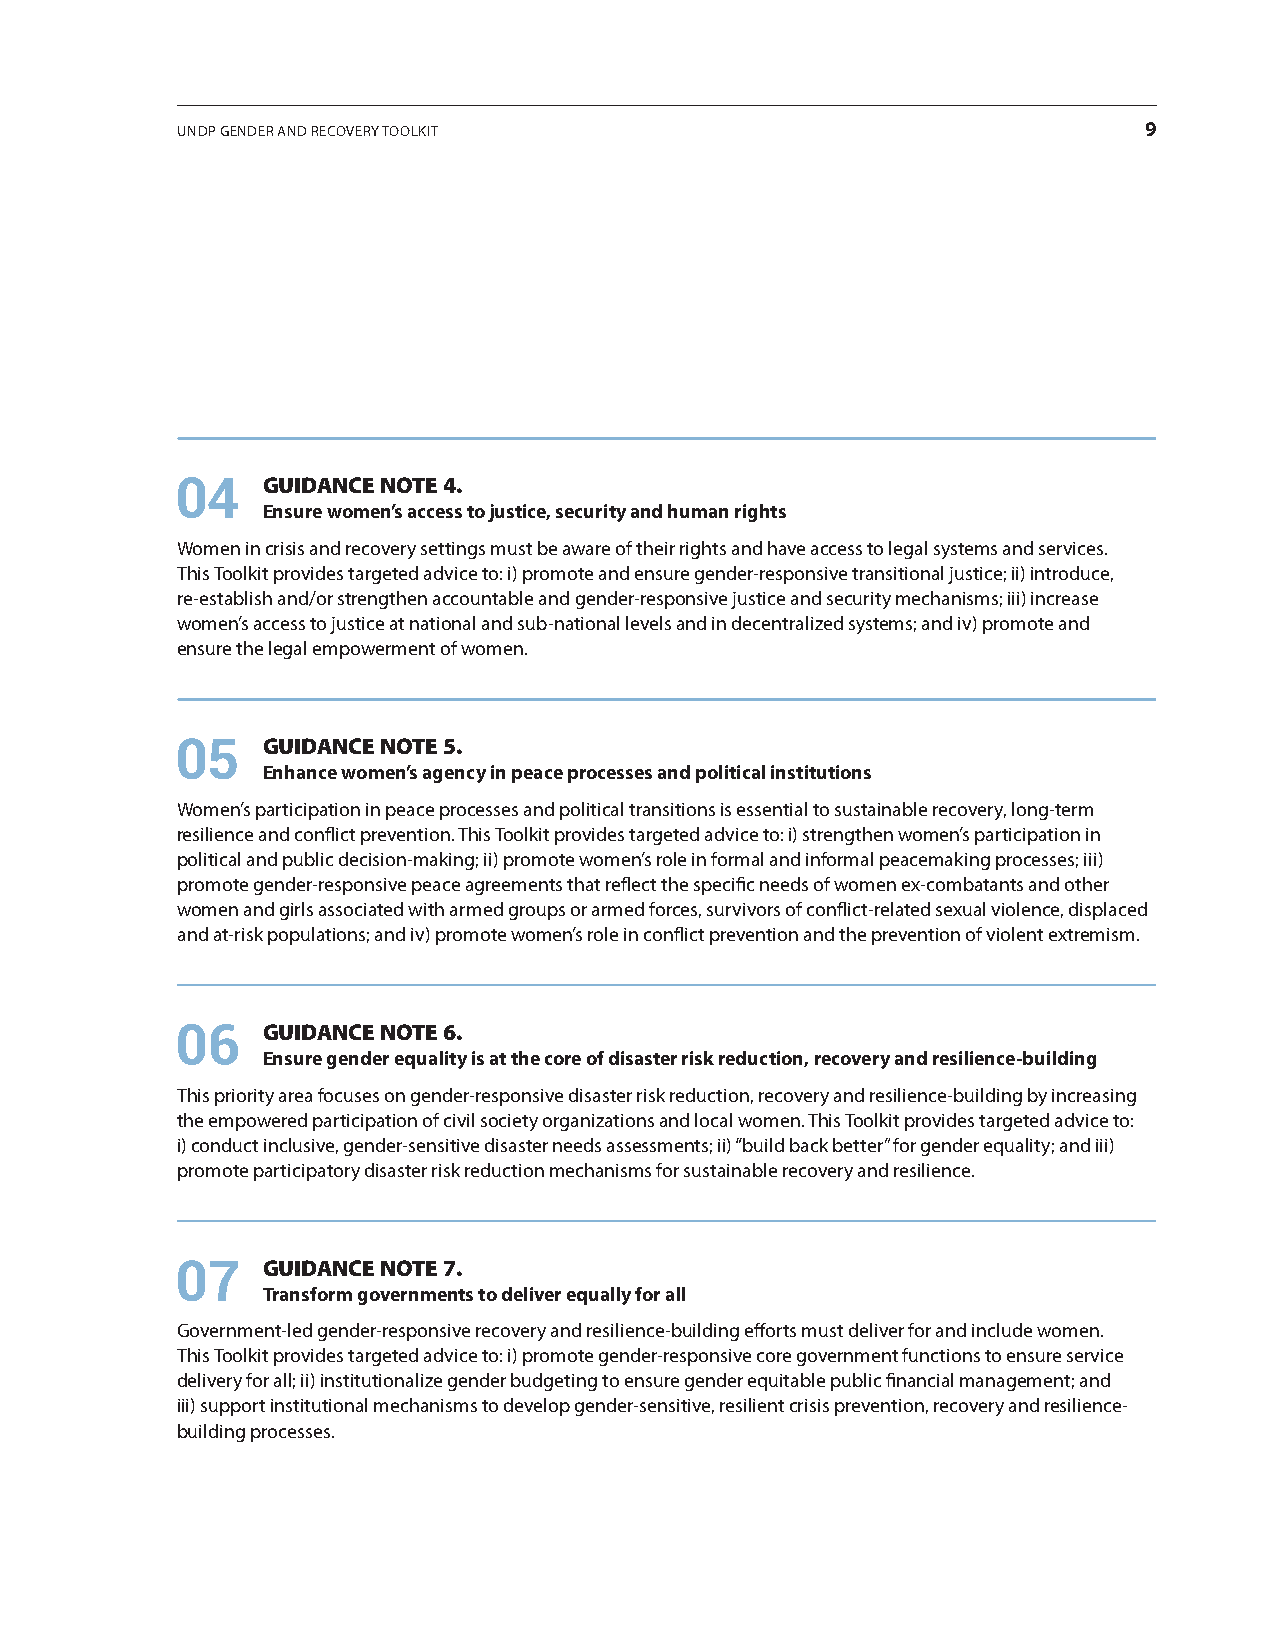
UNDP GENDER AND RECovERy toolkit                                9
 04   GUIDANCE NOTE 4.
 Ensure women’s access to justice, security and human rights
 Women in crisis and recovery settings must be aware of their rights and have access to legal systems and services.
 this toolkit provides targeted advice to: i) promote and ensure gender-responsive transitional justice; ii) introduce,
 re-establish and/or strengthen accountable and gender-responsive justice and security mechanisms; iii) increase
 women’s access to justice at national and sub-national levels and in decentralized systems; and iv) promote and
 ensure the legal empowerment of women.
 05   GUIDANCE NOTE 5.
 Enhance women’s agency in peace processes and political institutions
 Women’s participation in peace processes and political transitions is essential to sustainable recovery, long-term
 resilience and conflict prevention. this toolkit provides targeted advice to: i) strengthen women’s participation in
 political and public decision-making; ii) promote women’s role in formal and informal peacemaking processes; iii)
 promote gender-responsive peace agreements that reflect the specific needs of women ex-combatants and other
 women and girls associated with armed groups or armed forces, survivors of conflict-related sexual violence, displaced
 and at-risk populations; and iv) promote women’s role in conflict prevention and the prevention of violent extremism.
 06   GUIDANCE NOTE 6.
 Ensure gender equality is at the core of disaster risk reduction, recovery and resilience-building
 this priority area focuses on gender-responsive disaster risk reduction, recovery and resilience-building by increasing
 the empowered participation of civil society organizations and local women. this toolkit provides targeted advice to:
 i) conduct inclusive, gender-sensitive disaster needs assessments; ii) “build back better” for gender equality; and iii)
 promote participatory disaster risk reduction mechanisms for sustainable recovery and resilience.
 07   GUIDANCE NOTE 7.
 Transform governments to deliver equally for all
 Government-led gender-responsive recovery and resilience-building efforts must deliver for and include women.
 this toolkit provides targeted advice to: i) promote gender-responsive core government functions to ensure service
 delivery for all; ii) institutionalize gender budgeting to ensure gender equitable public financial management; and
 iii) support institutional mechanisms to develop gender-sensitive, resilient crisis prevention, recovery and resilience-
 building processes.